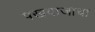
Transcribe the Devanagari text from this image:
पखवाजाचा